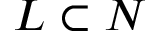
L \subset N